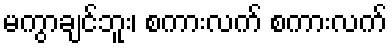
မကွာချင်ဘူး၊ စကားလက် စကားလက်